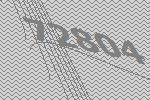
72804